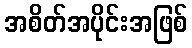
အစိတ်အပိုင်းအဖြစ်